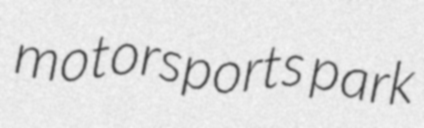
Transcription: motorsports park